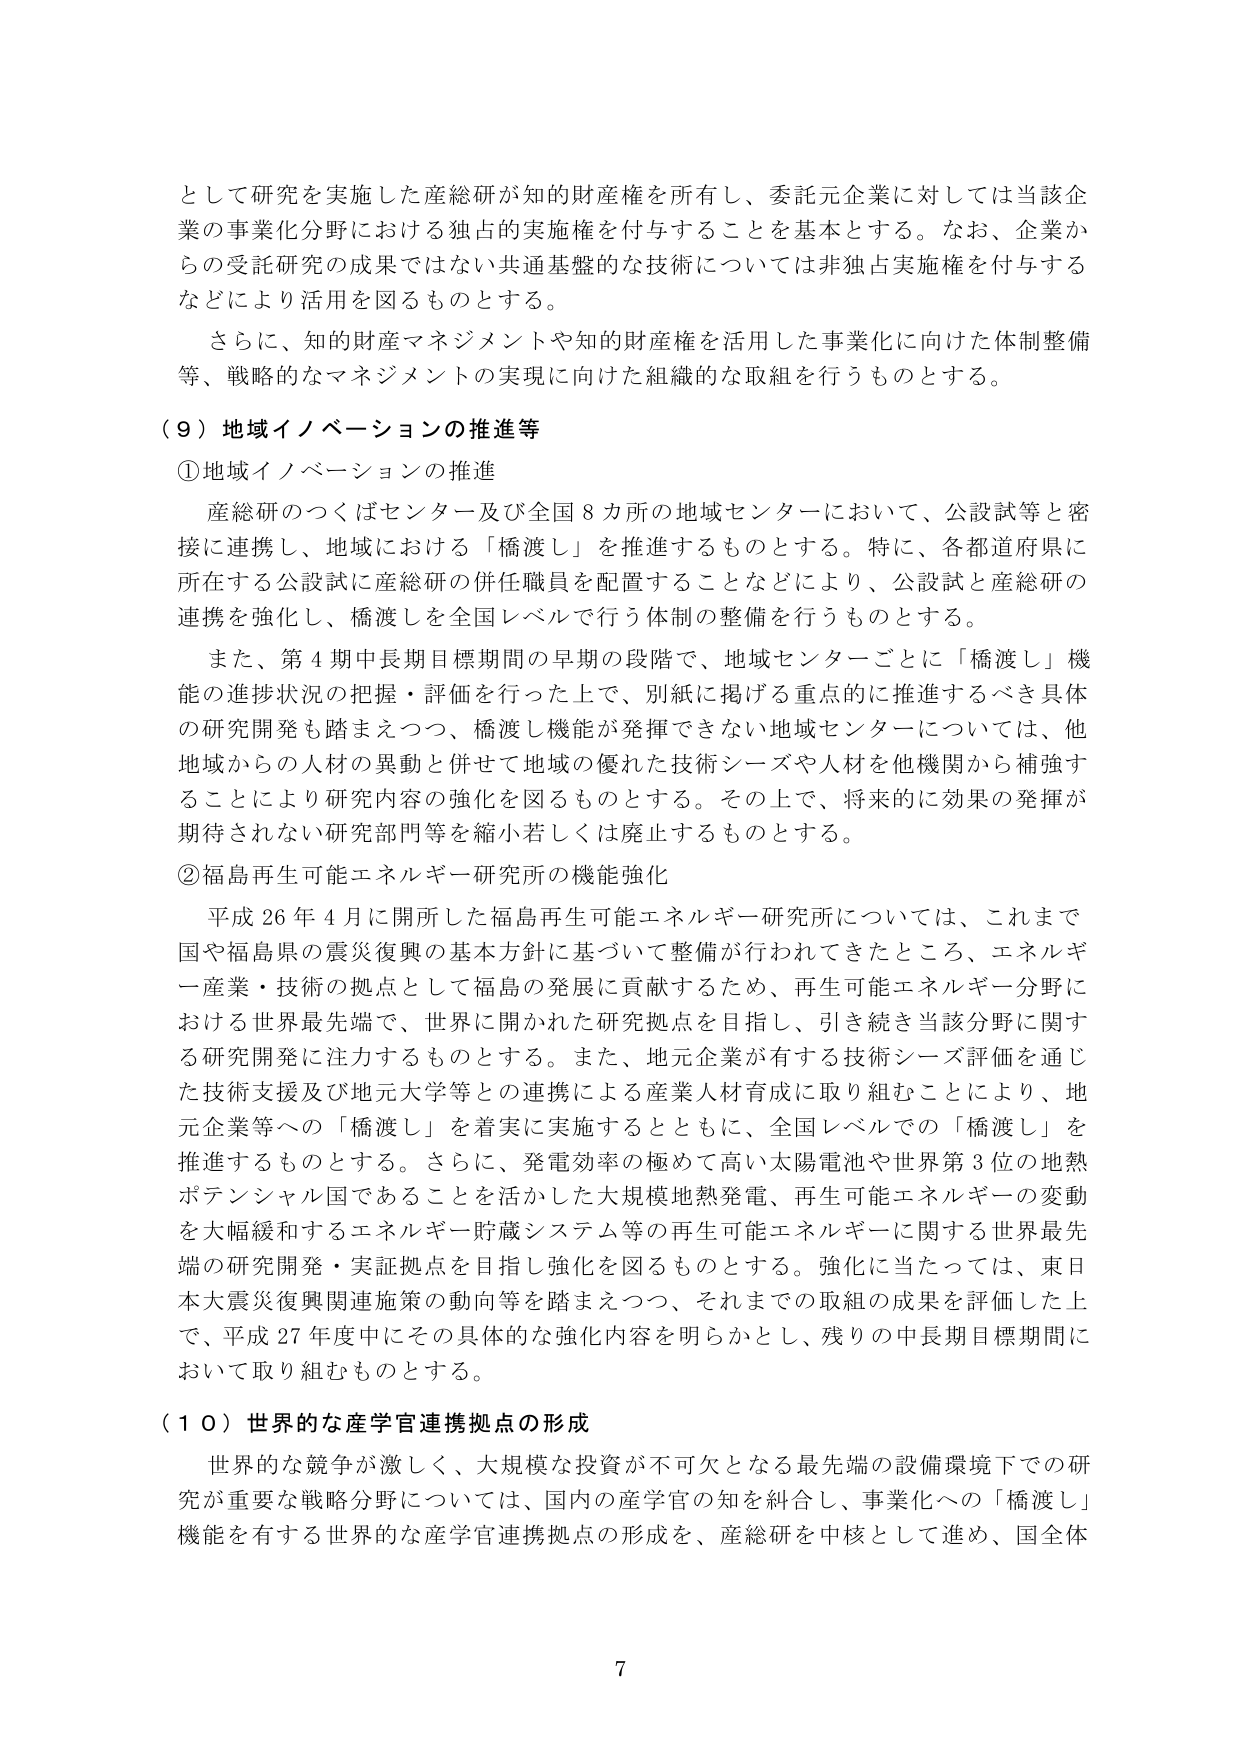
として研究を実施した産総研が知的財産権を所有し、委託元企業に対しては当該企業の事業化分野における独占的実施権を付与することを基本とする。なお、企業からの受託研究の成果ではない共通基盤的な技術については非独占実施権を付与するなどにより活用を図るものとする。

さらに、知的財産マネジメントや知的財産権を活用した事業化に向けた体制整備等、戦略的なマネジメントの実現に向けた組織的な取組を行うものとする。

（９）地域イノベーションの推進等

①地域イノベーションの推進

産総研のつくばセンター及び全国８カ所の地域センターにおいて、公設試等と密接に連携し、地域における「橋渡し」を推進するものとする。特に、各都道府県に所在する公設試に産総研の併任職員を配置することなどにより、公設試と産総研の連携を強化し、橋渡しを全国レベルで行う体制の整備を行うものとする。

また、第４期中長期目標期間の早期の段階で、地域センターごとに「橋渡し」機能の進捗状況の把握・評価を行った上で、別紙に掲げる重点的に推進するべき具体的研究開発も踏まえつつ、橋渡し機能が発揮できない地域センターについては、他地域からの人材の異動と併せて地域の優れた技術シーズや人材を他機関から補強することにより研究内容の強化を図るものとする。その上で、将来的に効果の発揮が期待されない研究部門等を縮小若しくは廃止するものとする。

②福島再生可能エネルギー研究所の機能強化

平成26年4月に開所した福島再生可能エネルギー研究所については、これまで国や福島県の震災復興の基本方針に基づいて整備が行われてきたところ、エネルギー産業・技術の拠点として福島の発展に貢献するため、再生可能エネルギー分野における世界最先端で、世界に開かれた研究拠点を目指し、引き続き当該分野に関する研究開発に注力するものとする。また、地元企業が有する技術シーズ評価を通じた技術支援及び地元大学等との連携による産業人材育成に取り組むことにより、地元企業等への「橋渡し」を着実に実施するとともに、全国レベルでの「橋渡し」を推進するものとする。さらに、発電効率の極めて高い太陽電池や世界第3位の地熱ポテンシャル国であることを活かした大規模地熱発電、再生可能エネルギーの変動を大幅緩和するエネルギー貯蔵システム等の再生可能エネルギーに関する世界最先端の研究開発・実証拠点を目指し強化を図るものとする。強化に当たっては、東日本大震災復興関連施策の動向等を踏まえつつ、それまでの取組の成果を評価した上で、平成27年度中にその具体的な強化内容を明らかとし、残りの中長期目標期間において取り組むものとする。

（１０）世界的な産学官連携拠点の形成

世界的な競争が激しく、大規模な投資が不可欠となる最先端の設備環境下での研究が重要な戦略分野については、国内の産学官の知を糾合し、事業化への「橋渡し」機能を有する世界的な産学官連携拠点の形成を、産総研を中核として進め、国全体

7